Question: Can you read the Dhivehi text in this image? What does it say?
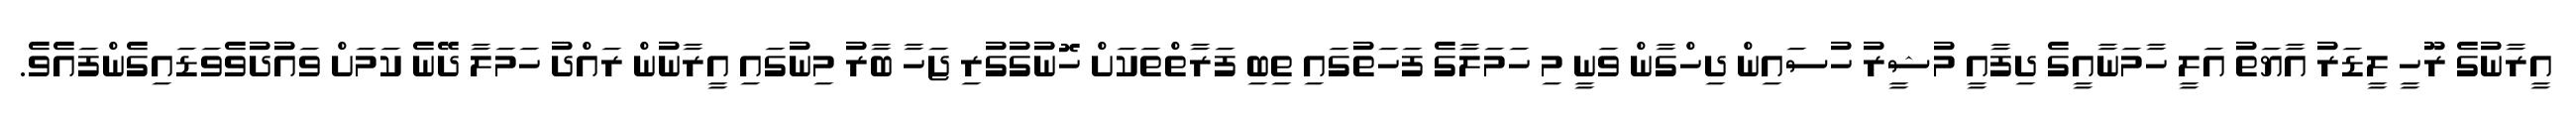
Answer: އީރާނުގެ ރޫހީ ލީޑަރު އާޔަތު އަލީ ހާމަނާއީގެ ދިފާއީ މުޝީރު ހުސައިން ދިހްގާން ވަނީ މި ހަމަލާގެ ފަހަތުގައި ތިބި ފަރާތްތަކަށް ހޮނުގުގުރި ޖަހާ ބާރު މިނުގައި އީރާނުން ރައްދު ހަމަލާ ދޭނެ ކަމަށް ވައުދުވެވަޑައިގެންފައެވެ.